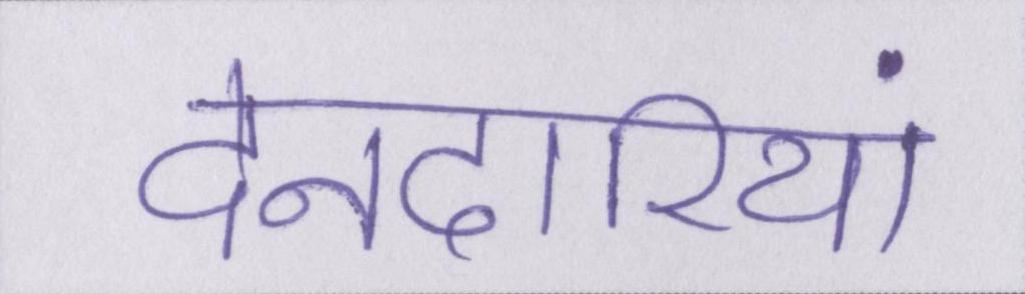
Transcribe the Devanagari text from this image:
देनदारियां